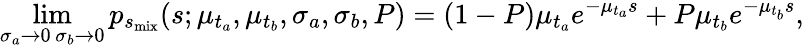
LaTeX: \operatorname*{lim}_{\substack{\sigma_{a}\rightarrow 0\, \sigma_{b}\rightarrow 0}}p_{s_{\mathrm{mix}}}(s;\mu_{t_{a}},\mu_{t_{b}},\sigma_{a},\sigma_{b},P)=(1-P)\mu_{t_{a}}e^{-\mu_{t_{a}}s}+P\mu_{t_{b}}e^{-\mu_{t_{b}}s},